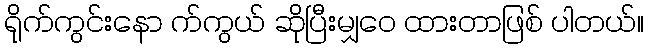
ရိုက်ကွင်းနော က်ကွယ် ဆိုပြီးမျှဝေ ထားတာဖြစ် ပါတယ်။